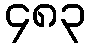
၄၈၃